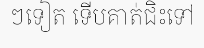
ៗទៀត ទើបគាត់ជិះទៅ